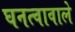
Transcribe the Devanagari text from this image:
घनत्वावाले